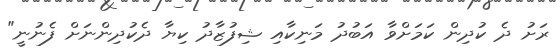
ރަށު ދެ ކުދިން ކަމަށްވާ އަބުދު މަނިކާއި ޝިފުޒާދު ކިޔާ ދެކުދިންނަށް ފެނުނީ"